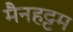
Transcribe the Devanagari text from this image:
मैनहट्टम